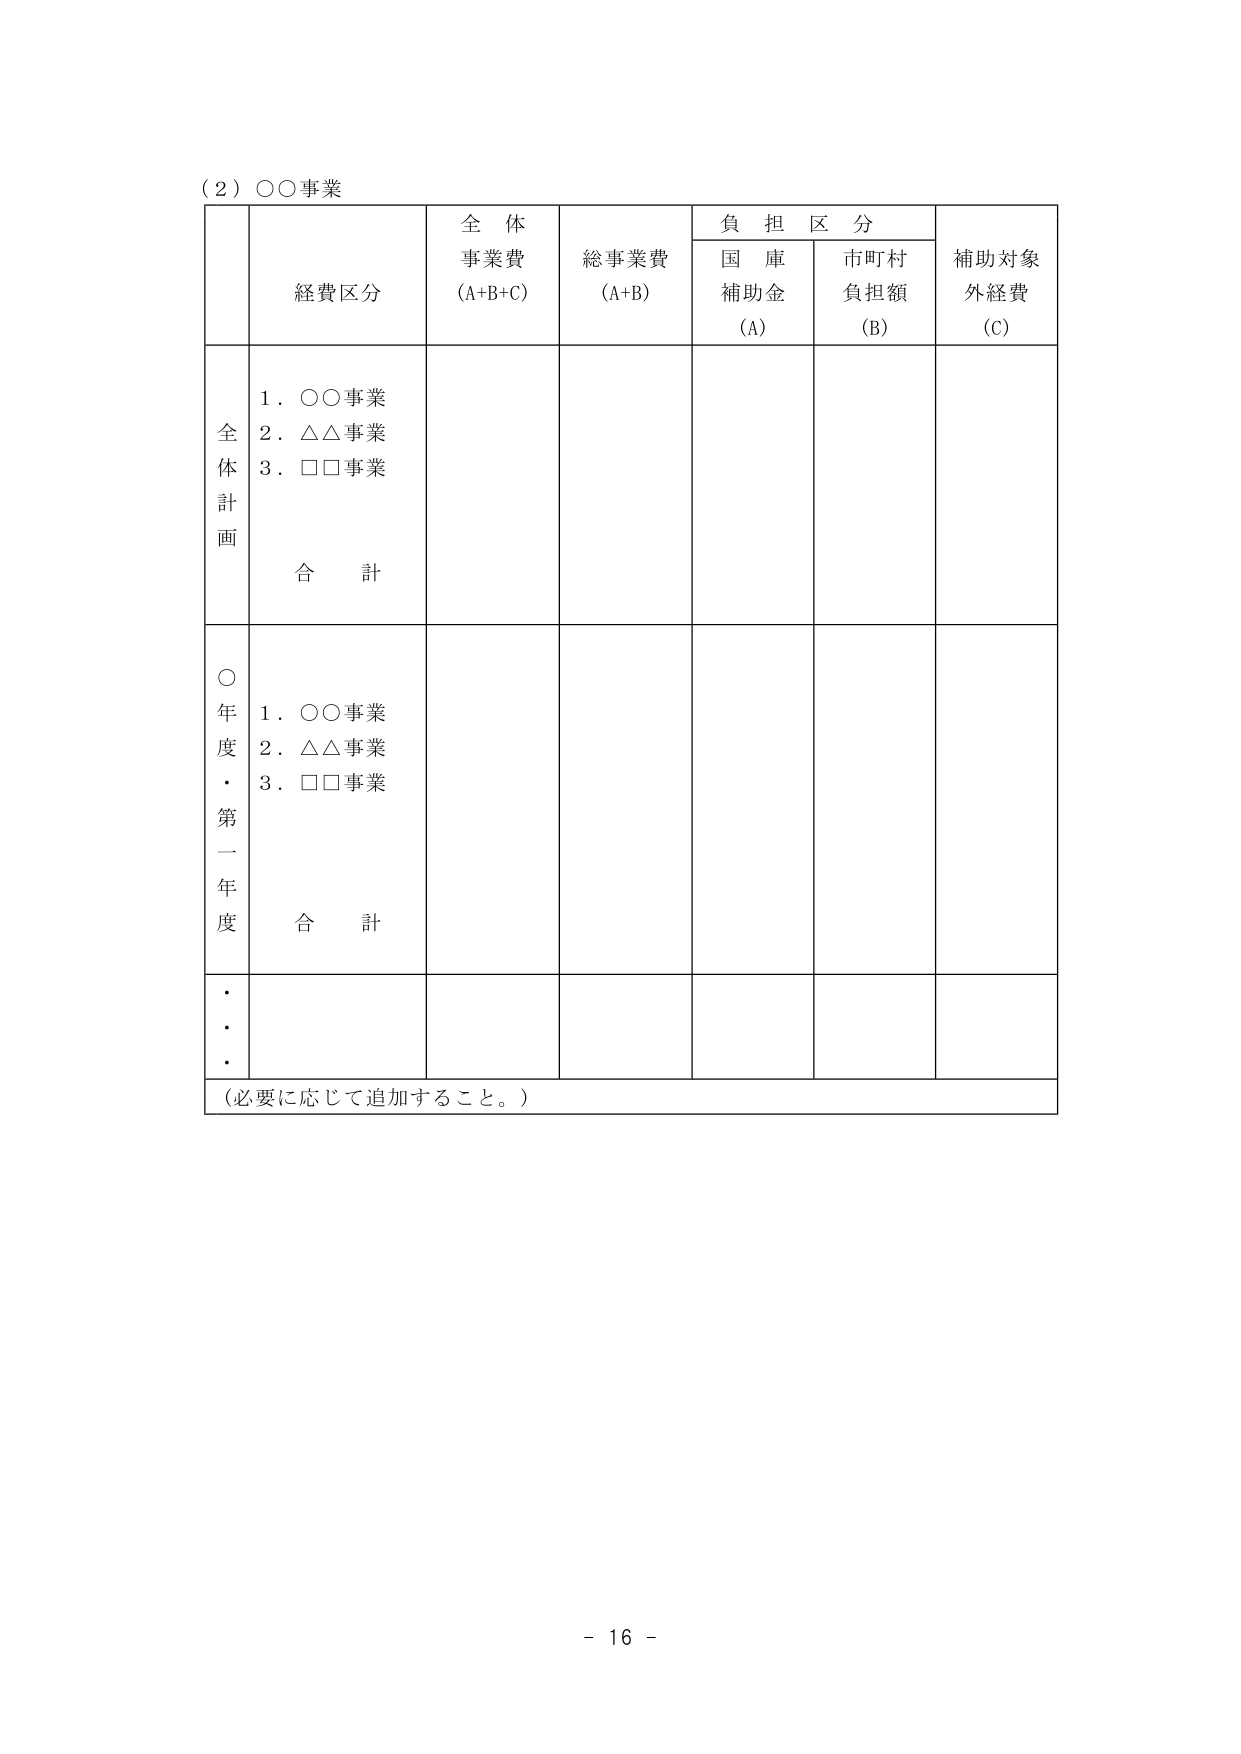
(2) ○○事業

経費区分　　　　　全体事業費 (A+B+C)　　　総事業費 (A+B)　　　負担区分　　　　　補助対象外経費 (C)
　　　　　　　　　　　　　　　　　　　　国庫補助金 (A)　　市町村負担額 (B)

全体計画
　1. ○○事業
　2. △△事業
　3. □□事業
　　合計

○年度・第一年度
　1. ○○事業
　2. △△事業
　3. □□事業
　　合計

・・・
（必要に応じて追加すること。）

- 16 -